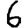
Digit: 6